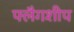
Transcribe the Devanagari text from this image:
फ्लैगशीप